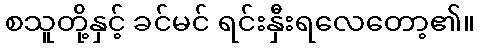
စသူတို့နှင့် ခင်မင် ရင်းနှီးရလေတော့၏။